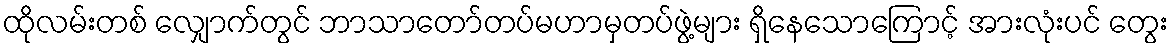
ထိုလမ်းတစ် လျှောက်တွင် ဘာသာတော်တပ်မဟာမှတပ်ဖွဲ့များ ရှိနေသောကြောင့် အားလုံးပင် တွေး